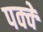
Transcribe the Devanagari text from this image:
पक्‍क्‍े